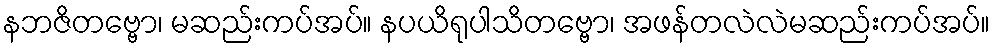
နဘဇိတဗ္ဗော၊ မဆည်းကပ်အပ်။ နပယိရုပါသိတဗ္ဗော၊ အဖန်တလဲလဲမဆည်းကပ်အပ်။